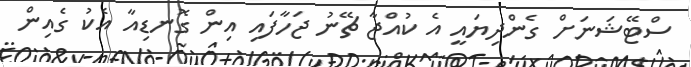
ސްޓޭޝަނަށް ގެންދިޔައީ އެ ކުއްޖާ ޗޭނު ޖަހާފައި އިން ގޮނޑިއާ އެކު ގެއިން